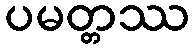
ပမတ္တဿ